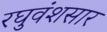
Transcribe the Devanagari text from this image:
रघुवंशसार